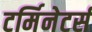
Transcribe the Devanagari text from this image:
टर्मिनेटर्स